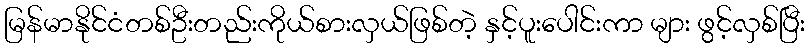
မြန်မာနိုင်ငံတစ်ဦးတည်းကိုယ်စားလှယ်ဖြစ်တဲ့ နှင့်ပူးပေါင်းကာ များ ဖွင့်လှစ်ပြီး